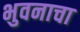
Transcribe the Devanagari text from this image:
भुवनाचा